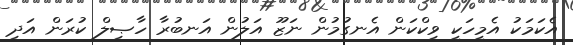
އެކަަމަކު އެމީހަކީ ވިކްކަން އެނގުމުން ނަޒޫ އަލުން އަނބުރާ ހާޞިލް ކުރަން އަދި